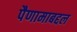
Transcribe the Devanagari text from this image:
पैणामाबद्दल